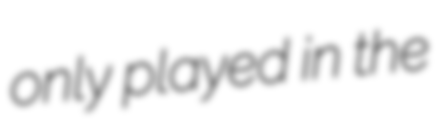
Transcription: only played in the